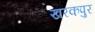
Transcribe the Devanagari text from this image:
खरकपुर